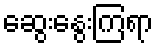
ဆွေးနွေးကြရာ